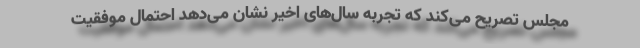
مجلس تصریح می‌کند که تجربه سال‌های اخیر نشان می‌دهد احتمال موفقیت